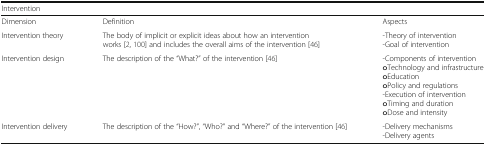
<table><thead><tr><td colspan="3"><b>Intervention</b></td></tr></thead><tbody><tr><td>Dimension</td><td>Definition</td><td>Aspects</td></tr><tr><td>Intervention theory</td><td>The body of implicit or explicit ideas about how an intervention works [2, 100] and includes the overall aims of the intervention [46]</td><td>-Theory of intervention-Goal of intervention</td></tr><tr><td>Intervention design</td><td>The description of the “What?” of the intervention [46]</td><td>-Components of interventionoTechnology and infrastructureoEducationoPolicy and regulations-Execution of interventionoTiming and durationoDose and intensity</td></tr><tr><td>Intervention delivery</td><td>The description of the “How?”, “Who?” and “Where?” of the intervention [46]</td><td>-Delivery mechanisms-Delivery agents</td></tr></tbody></table>